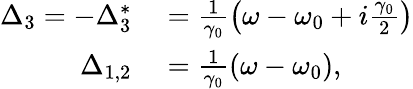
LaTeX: \begin{array}{rl}{\Delta_{3}=-\Delta_{3}^{*}}&{{}=\frac{1}{\gamma_{0}}\left(\omega-\omega_{0}+i\frac{\gamma_{0}}{2}\right)}\\ {\Delta_{1,2}}&{{}=\frac{1}{\gamma_{0}}\left(\omega-\omega_{0}\right),}\end{array}